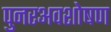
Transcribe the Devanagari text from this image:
पुनरअवशोषण